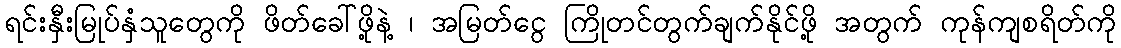
ရင်းနှီးမြုပ်နှံသူတွေကို ဖိတ်ခေါ်ဖို့နဲ့ ၊ အမြတ်ငွေ ကြိုတင်တွက်ချက်နိုင်ဖို့ အတွက် ကုန်ကျစရိတ်ကို